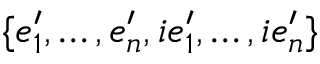
\{ e _ { 1 } ^ { \prime } , \ldots , e _ { n } ^ { \prime } , i e _ { 1 } ^ { \prime } , \ldots , i e _ { n } ^ { \prime } \}